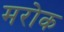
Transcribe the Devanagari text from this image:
मरोक